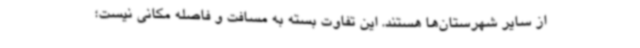
از سایر شهرستان‌ها هستند. این تفاوت بسته به مسافت و فاصله مکانی نیست؛